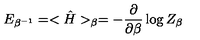
E _ { \beta ^ { - 1 } } = < { \hat { H } } > _ { \beta } = - { \frac { \partial } { \partial \beta } } \log Z _ { \beta }